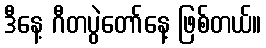
ဒီနေ့ ဂီတပွဲတော်နေ့ ဖြစ်တယ်။